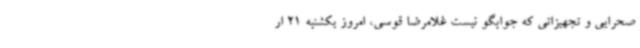
صحرایی و تجهیزاتی که جوابگو نیست غلامرضا قوسی، امروز یکشنبه 21 ار